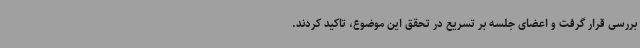
بررسی قرار گرفت و اعضای جلسه بر تسریع در تحقق این موضوع، تاکید کردند.